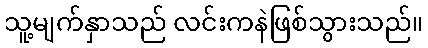
သူ့မျက်နှာသည် လင်းကနဲဖြစ်သွားသည်။